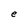
Character: e